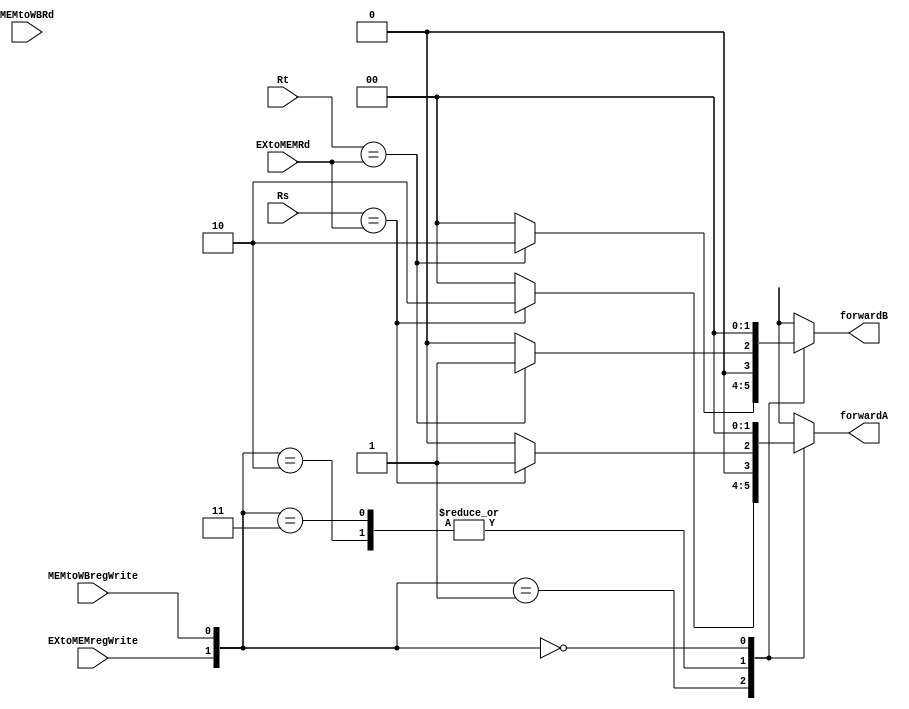
`timescale 1ns/1ns
module ForwardUnit(input EXtoMEMregWrite, MEMtoWBregWrite, input[4:0] EXtoMEMRd, MEMtoWBRd, Rs, Rt, 
                   output reg[1:0] forwardA, forwardB);
  always @(*) begin
    case({EXtoMEMregWrite, MEMtoWBregWrite})
      2'b10: begin
        if(Rs == EXtoMEMRd) forwardA = 1;
        else forwardA = 0;
        if(Rt == EXtoMEMRd) forwardB = 1;
        else forwardB = 0;
      end
      2'b01: begin
        if(Rs == EXtoMEMRd) forwardA = 2;
        else forwardA = 0;
        if(Rt == EXtoMEMRd) forwardB = 2;
        else forwardB = 0;
      end
      2'b11: begin
        if(Rs == EXtoMEMRd) forwardA = 1;
        else forwardA = 0;
        if(Rt == EXtoMEMRd) forwardB = 1;
        else forwardB = 0;
      end
      2'b00: begin
        forwardA = 0;
        forwardB = 0;
      end
    endcase
  end  
endmodule